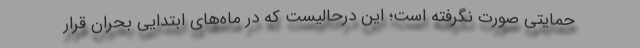
حمایتی صورت نگرفته است؛ این درحالیست که در ماه‌های ابتدایی بحران قرار